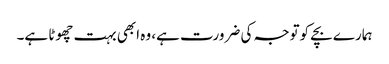
ہمارے بچے کوتوجہ کی ضرورت ہے، وہ ابھی بہت چھوٹا ہے۔